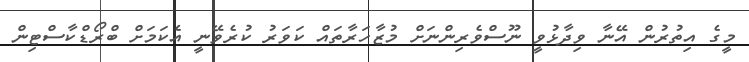
މީގެ އިތުރުން އޭނާ ވިދާޅުވީ ނޫސްވެރިންނަށް މުޒާހަރާތައް ކަވަރު ކުރެވޭނީ އެކަމަށް ބްރޯޑްކާސްޓިން